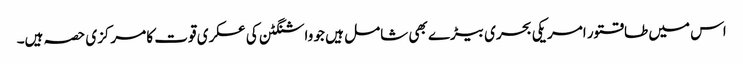
اس میں طاقتور امریکی بحری بیڑے بھی شامل ہیں جو واشنگٹن کی عسکری قوت کا مرکزی حصہ ہیں۔